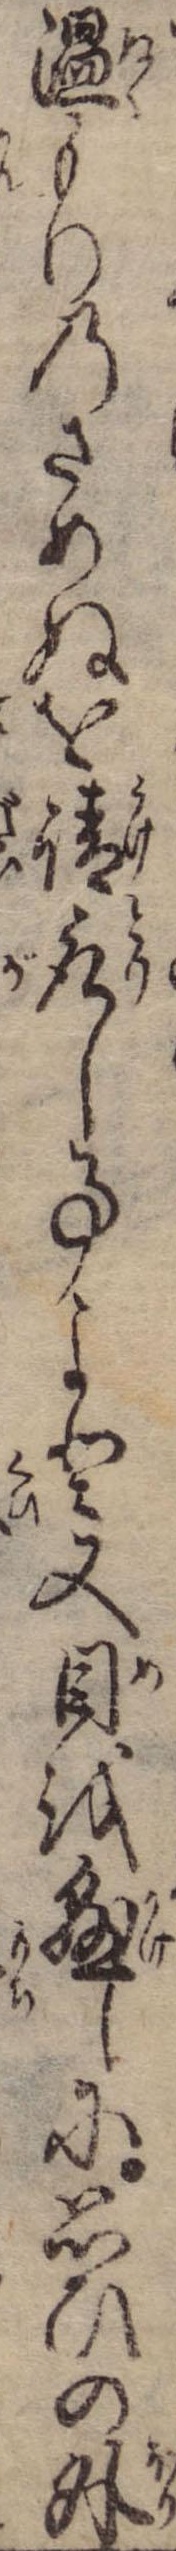
温もりのさめぬを請取し事よと又目を懸しに思ひの外